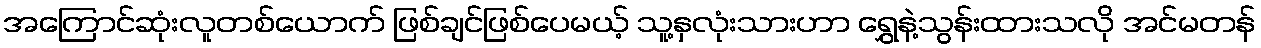
အကြောင်ဆုံးလူတစ်ယောက် ဖြစ်ချင်ဖြစ်ပေမယ့် သူ့နှလုံးသားဟာ ရွှေနဲ့သွန်းထားသလို အင်မတန်